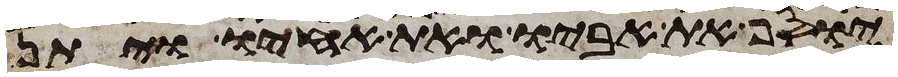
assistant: יוסף את אביו ואת אחיו ויתן